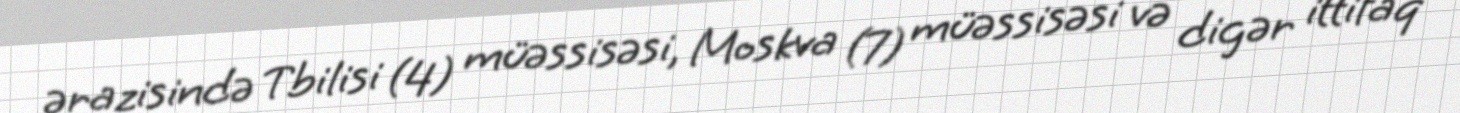
ərazisində Tbilisi (4) müəssisəsi, Moskva (7) müəssisəsi və digər ittifaq